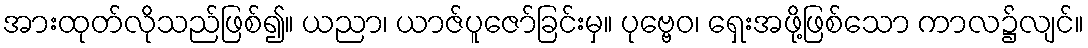
အားထုတ်လိုသည်ဖြစ်၍။ ယညာ၊ ယာဇ်ပူဇော်ခြင်းမှ။ ပုဗ္ဗေဝ၊ ရှေးအဖို့ဖြစ်သော ကာလ၌လျင်။